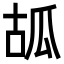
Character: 㼋